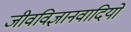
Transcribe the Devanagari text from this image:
जीवविज्ञानवादियों